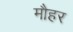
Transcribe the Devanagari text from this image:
मौहर